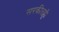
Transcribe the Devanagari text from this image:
सरकीतही